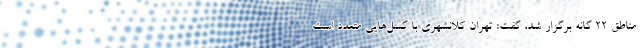
مناطق ۲۲ گانه برگزار شد، گفت: تهران کلانشهری با گسل‌هایی متعدد است